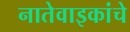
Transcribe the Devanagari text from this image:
नातेवाइकांचे